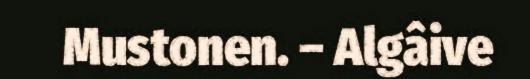
Mustonen. – Algâive